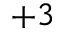
+ 3